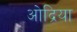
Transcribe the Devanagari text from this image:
ओद्रिया